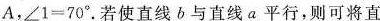
A，$$∠ 1 = 7 0 °$$。若使直线b与直线a平行，则可将直